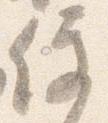
便